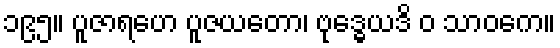
၁၉၅။ ပူဇာရဟေ ပူဇယတော၊ ဗုဒ္ဓေယဒိ ဝ သာဝကေ။